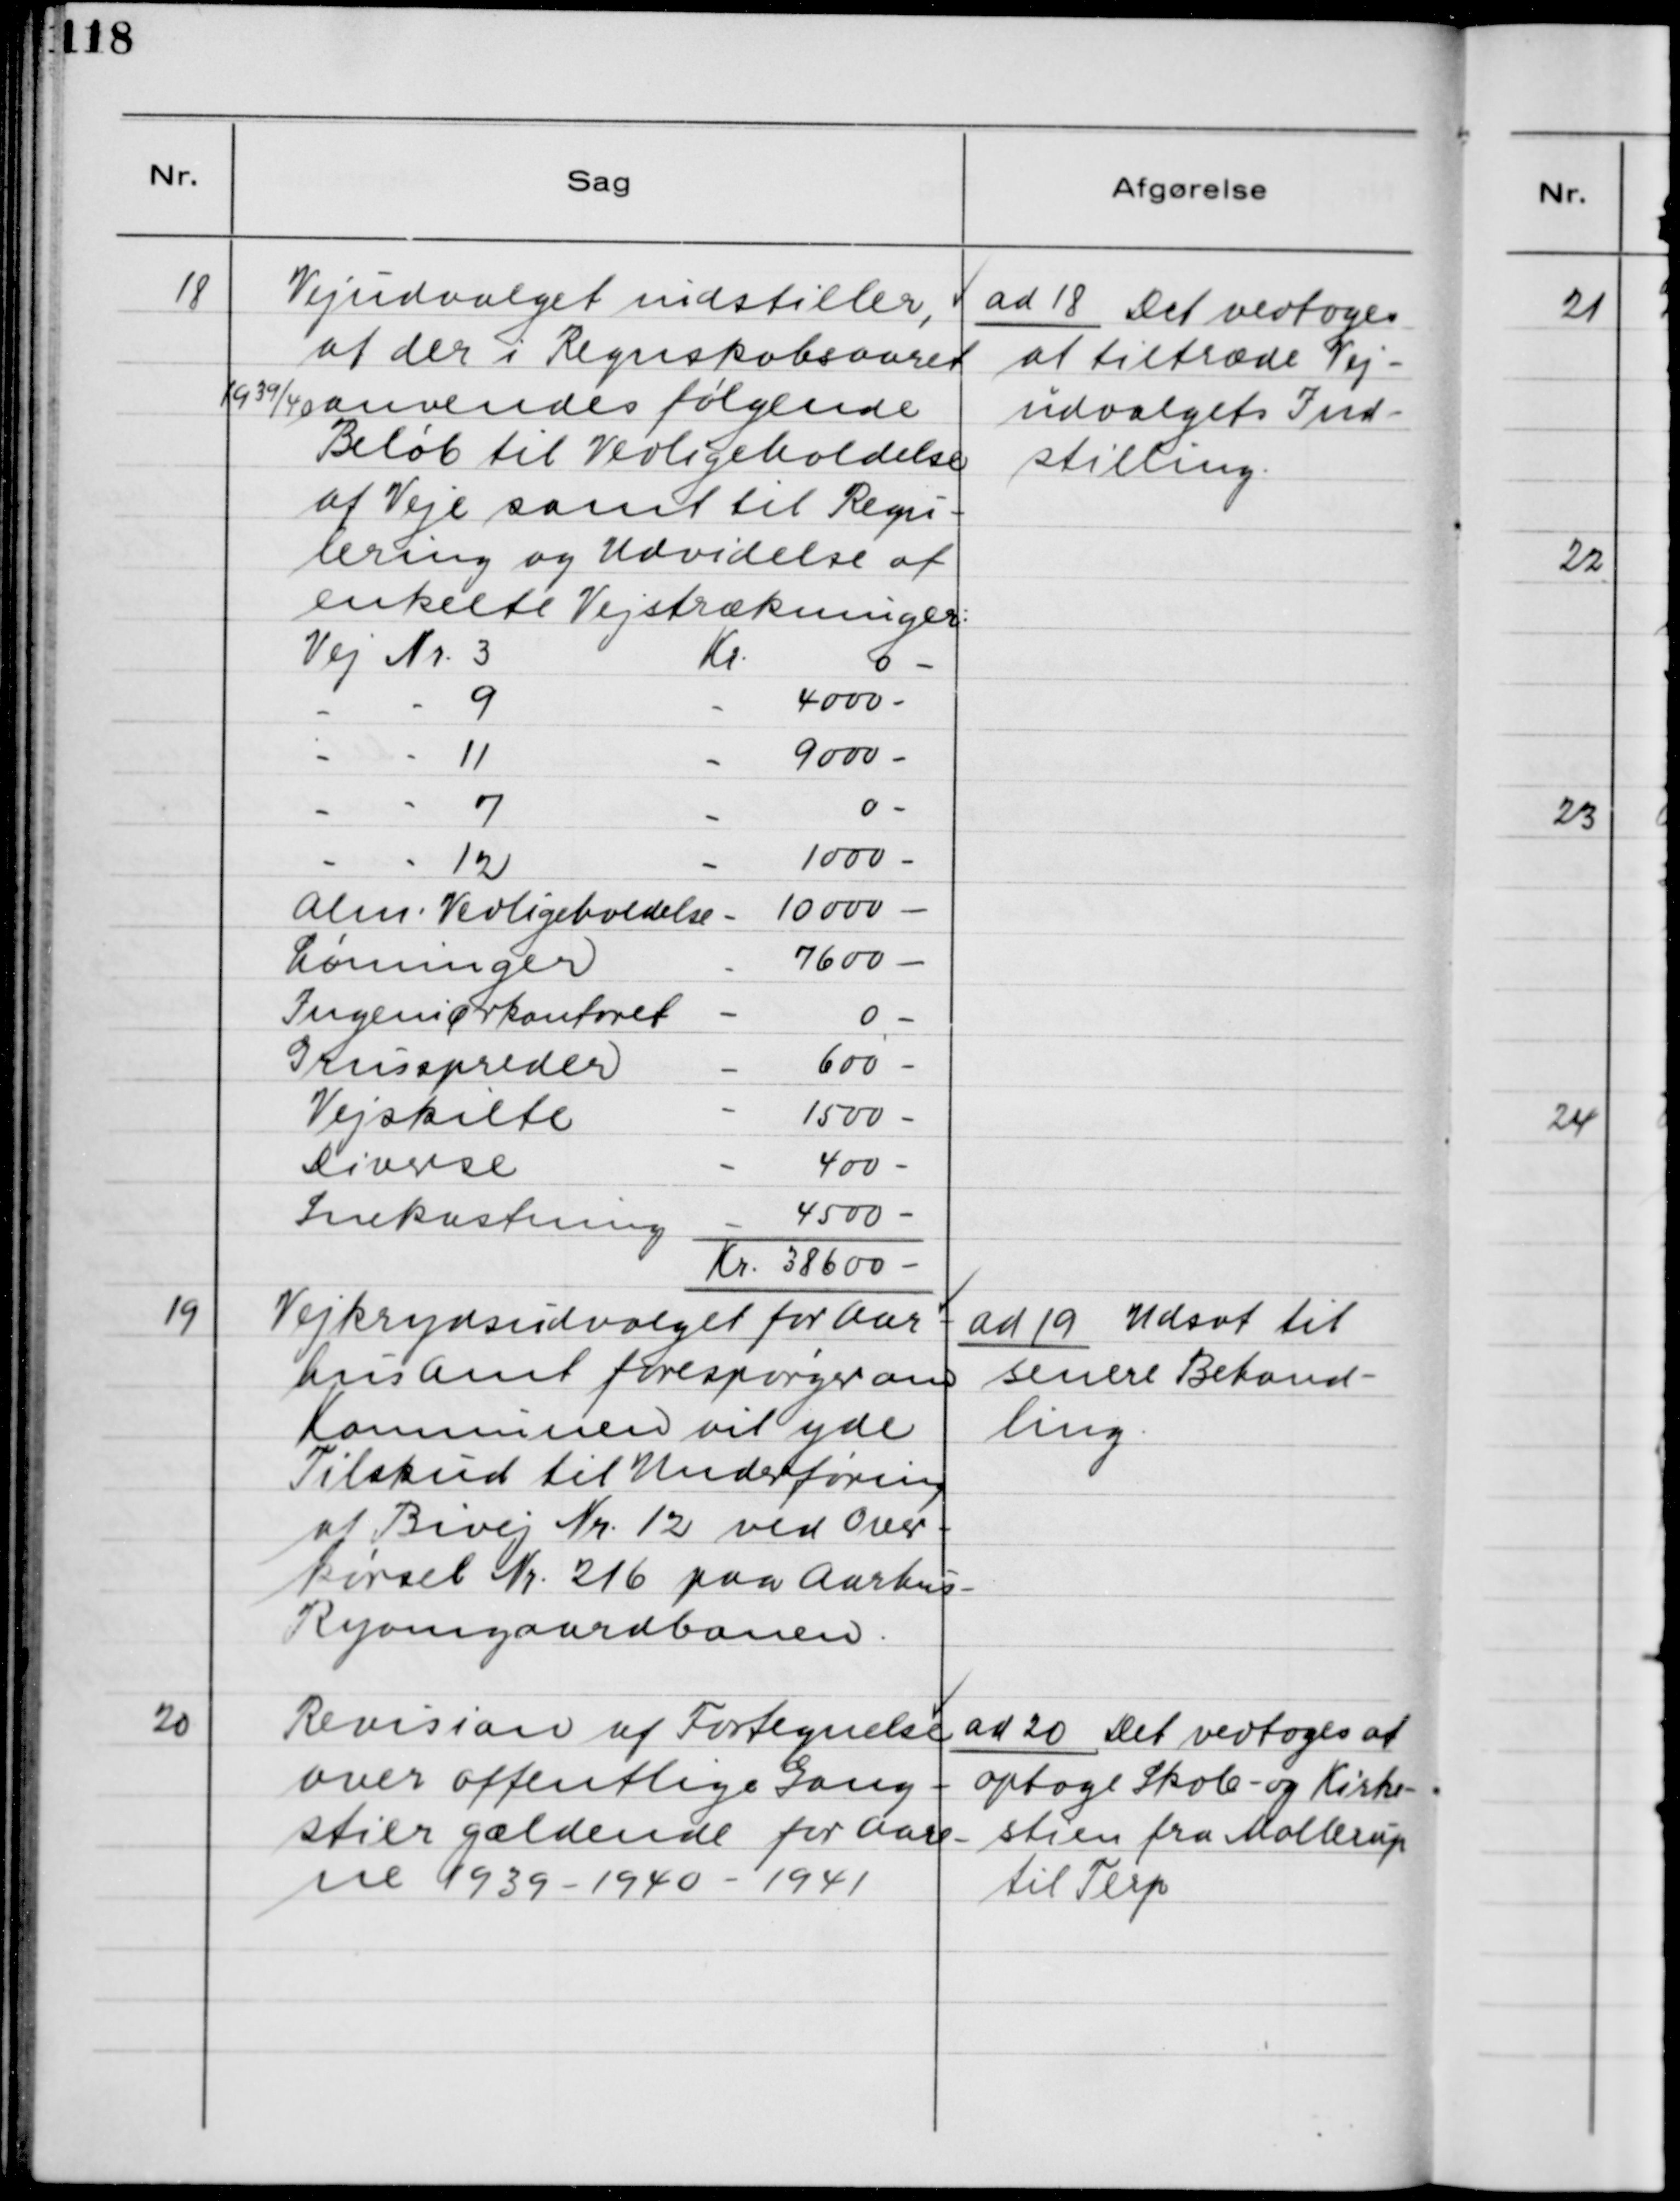
Transskription:
18
Vejudvalget indstiller,
at der i Regnskabsaaret
1939/40 anvendes følgende 
Beløb til Vedligeholdelse
af Veje samt til Regu-
lering og Udvidelse af
enkelte Vejstrækninger:

ad 18. Det vedtoges
at tiltræde Vej-
udvalgets Ind-
stilling.

19. Vejkrydsudvalget for Aar-
hus Amt forespørger om
Kommunen vil yde
Tilskud til Underføring
af Bivej Nr. 12 ved Over-
kørsel Nr. 216 paa Aarhus -
Ryomgaardbanen.

ad 19. Udsat til
senere Behand-
ling

20. Revision af Fortegnelse
over offentlige Gang-
stier gældende for Aare-
ne 1939 - 1940 - 1941

ad 20. Det vedtoges at
optage Skole- og Kirke-
stien fra Mollerup
til Terp